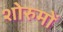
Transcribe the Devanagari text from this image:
शोरुमों